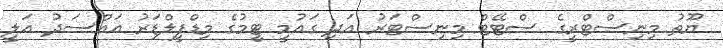
ޔޫތު މިނިސްޓްރީގެ ސްޓޭޓް މިނިސްޓަރު އަދި ގައުމީ ޓީމުގެ މިޑްފީލްޑަރު އައްސަދު އަލީ